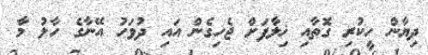
ދިޔާން ހީކުރި ގޮތާއި ޚިލާފަށް ޖެހިގެން އައި ދުވަހު އޭނާގެ ހާލު މާ